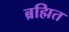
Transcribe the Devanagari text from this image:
ब्रह्मित